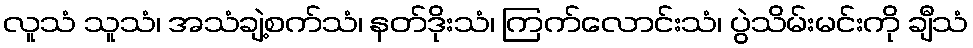
လူသံ သူသံ၊ အသံချဲ့စက်သံ၊ နတ်ဒိုးသံ၊ ကြက်လောင်းသံ၊ ပွဲသိမ်းမင်းကို ချီသံ